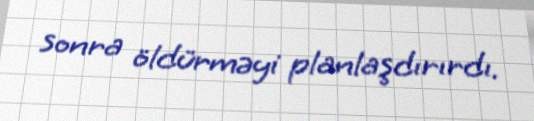
sonra öldürməyi planlaşdırırdı.